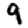
Digit: 9